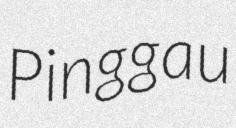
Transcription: Pinggau